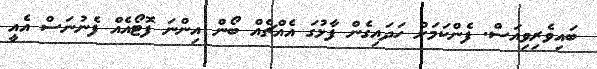
ބައިވެރިވިއަސް. ފެންކަމަށް ހަދައިގެން ފާޅުގަ އެއްޗެއް ބޯން އިންނަ ފޮޓޯއެއް ފެނުނަސް އެއީ